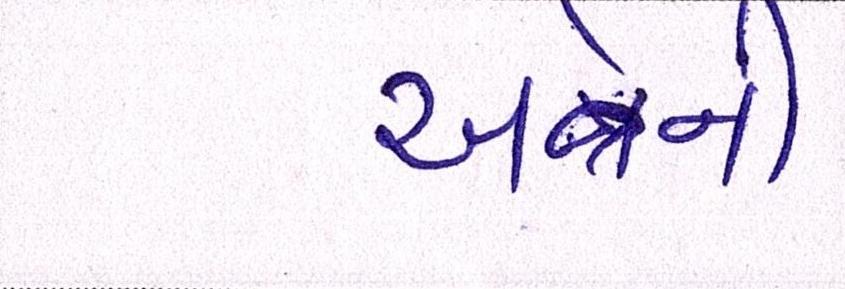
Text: અત્રેની